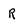
Character: R